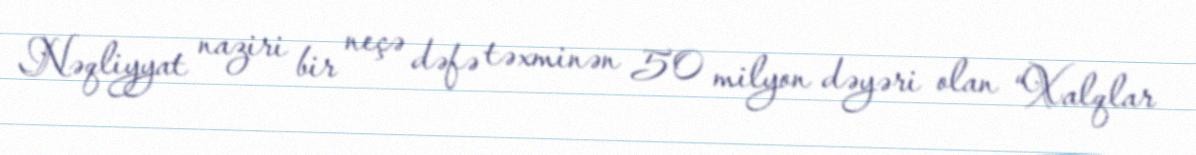
Nəqliyyat naziri bir neçə dəfə təxminən 50 milyon dəyəri olan “Xalqlar